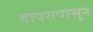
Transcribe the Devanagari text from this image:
वापरापासून